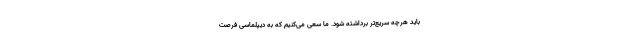
باید هرچه سریع‌تر برداشته شود. ما سعی می‌کنیم که به دیپلماسی فرصت